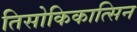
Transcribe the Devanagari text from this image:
तिसोकिकात्सिन